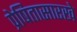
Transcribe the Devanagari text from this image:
प्रेषितासारखे